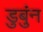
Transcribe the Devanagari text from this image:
डुबुंन